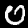
Digit: 0